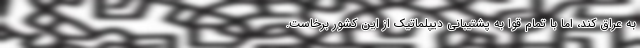
به عراق کند، اما با تمام قوا به پشتیبانی دیپلماتیک از این کشور برخاست.